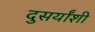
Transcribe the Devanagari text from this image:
दुसर्यांशी